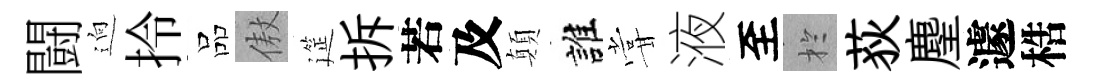
闘逈拎品傲筵拆若及顛誰甞液至扵荻麈遽梏